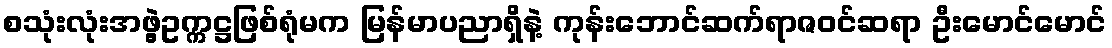
စသုံးလုံးအဖွဲ့ဥက္ကဋ္ဌဖြစ်ရုံမက မြန်မာပညာရှိနဲ့ ကုန်းဘောင်ဆက်ရာဇဝင်ဆရာ ဦးမောင်မောင်